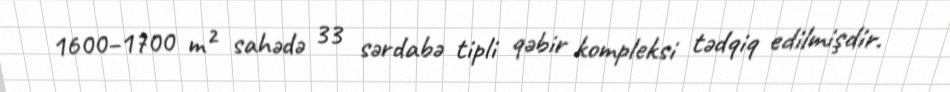
1600–1700 m² sahədə 33 sərdabə tipli qəbir kompleksi tədqiq edilmişdir.